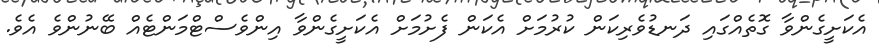
އެކަށީގެންވާ ގޮތެއްގައި ދަނޑުވެރިކަން ކުރުމަށް އެކަން ފެށުމަށް އެކަށީގެންވާ އިންވެސްޓްމަންޓެއް ބޭނުންވެ އެވެ.